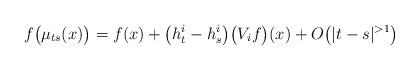
LaTeX: \begin{align*}f\big(\mu_{ts}(x)\big) = f(x) + \big(h^i_t-h^i_s\big)\big(V_if\big)(x) + O\big(|t-s|^{>1}\big)\end{align*}